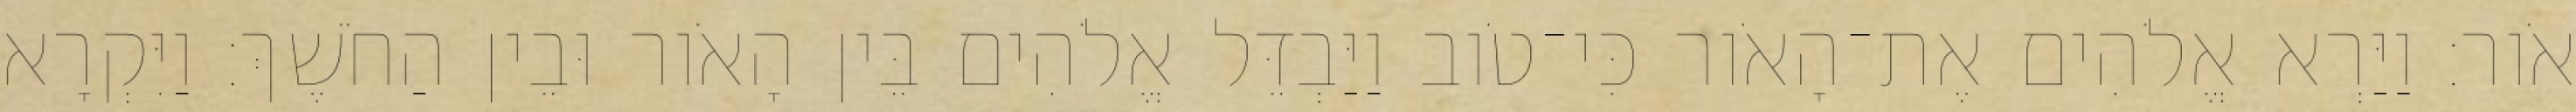
אֹור׃ וַיַּרְא אֱלֹהִים אֶת־הָאֹור כִּי־טֹוב וַיַּבְדֵּל אֱלֹהִים בֵּין הָאֹור וּבֵין הַחֹשֶׁךְ׃ וַיִּקְרָא